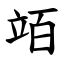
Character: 竡